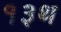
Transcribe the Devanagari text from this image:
१३थ